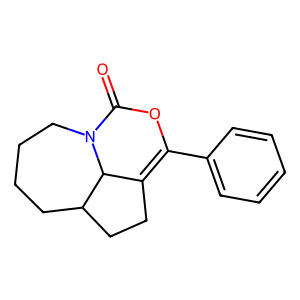
SMILES: O=C1OC(c2ccccc2)=C2CCC3CCCCN1C23
Inhibits HIV replication: No